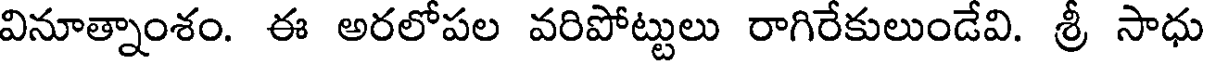
వినూత్నాంశం. ఈ అరలోపల వరిపోట్టులు రాగిరేకులుండేవి. శ్రీ సాధు